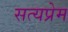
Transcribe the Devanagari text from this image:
सत्यप्रेम